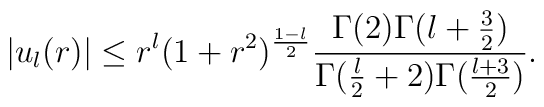
\vert u_l(r)\vert \leq r^l (1+r^2)^{{1-l\over 2}} {\Gamma(2)\Gamma(l+{3\over 2})\over \Gamma({l\over 2}+2)\Gamma({l+3\over 2})}.